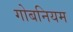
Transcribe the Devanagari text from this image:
गोबनियम